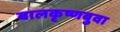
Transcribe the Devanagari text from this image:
बालकृष्णबुवा